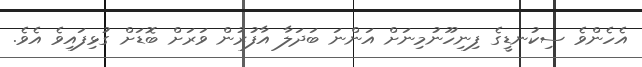
އެހެންވެ ސިކުނޑީގެ ފިނިހޫނުމިނަށް އަންނަ ބަދަލާ އާފުރުން ވަރަށް ބޮޑަށް ގުޅިފައިވެ އެވެ.